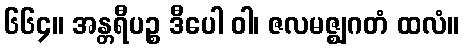
၆၆၄။ အန္တရီပဉ္စ ဒီပေါ ဝါ၊ ဇလမဇ္ဈဂတံ ထလံ။